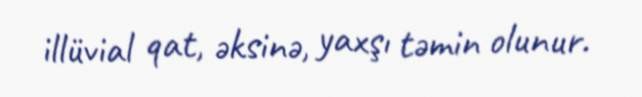
illüvial qat, əksinə, yaxşı təmin olunur.